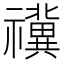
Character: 𥜥